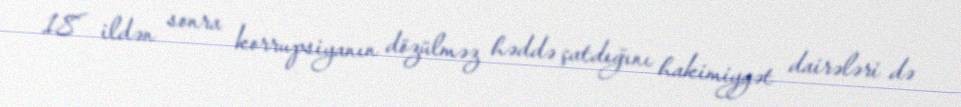
18 ildən sonra korrupsiyanın dözülməz həddə çatdığını hakimiyyət dairələri də